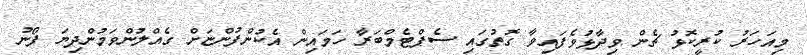
މިއަހަރު ކުރީކޮޅު ޗެން ވިދާޅުވެފައިވާ ގޮތުގައި ސެޕްޓެމްބަރާ ހަމައިން އެކުންފުންޏަށް ގެއްލުންވަމުންދިޔަ ފޯނު